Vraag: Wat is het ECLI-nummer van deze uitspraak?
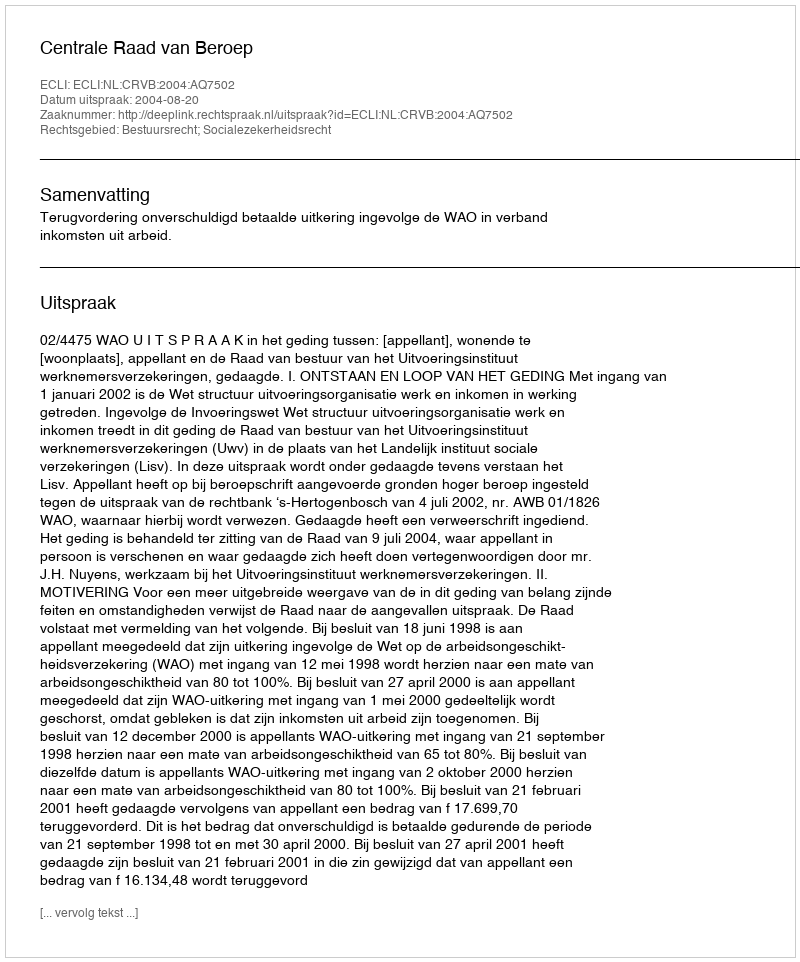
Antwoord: ECLI:NL:CRVB:2004:AQ7502